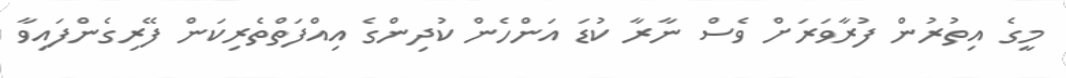
މީގެ އިތުރުން ފުރާވަރަށް ވެސް ނާރާ ކުޑަ އަންހެން ކުދިންގެ އިއްފަތްތެރިކަން ފޭރިގެންފައިވާ